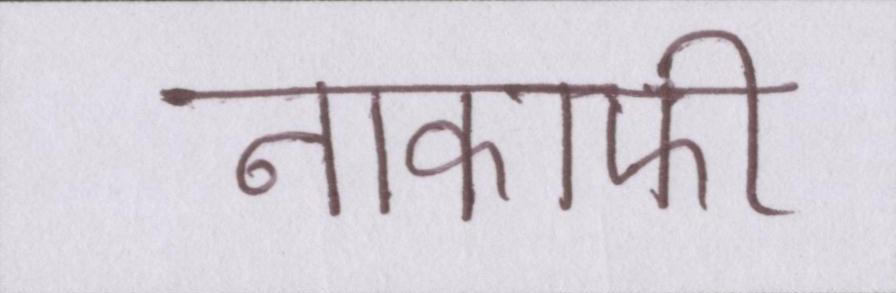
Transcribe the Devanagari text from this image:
नाकाफी